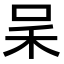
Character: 𠰓